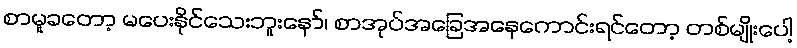
စာမူခတော့ မပေးနိုင်သေးဘူးနော်၊ စာအုပ်အခြေအနေကောင်းရင်တော့ တစ်မျိုးပေါ့